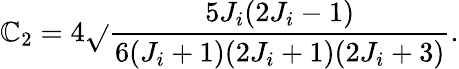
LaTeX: \mathbb{C}_{2}=4\sqrt{}{{\frac{{5J_{i}(2J_{i}-1)}}{{6(J_{i}+1)(2J_{i}+1)(2J_{i}+3)}}}}.